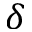
\delta